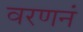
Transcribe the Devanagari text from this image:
वरणनं